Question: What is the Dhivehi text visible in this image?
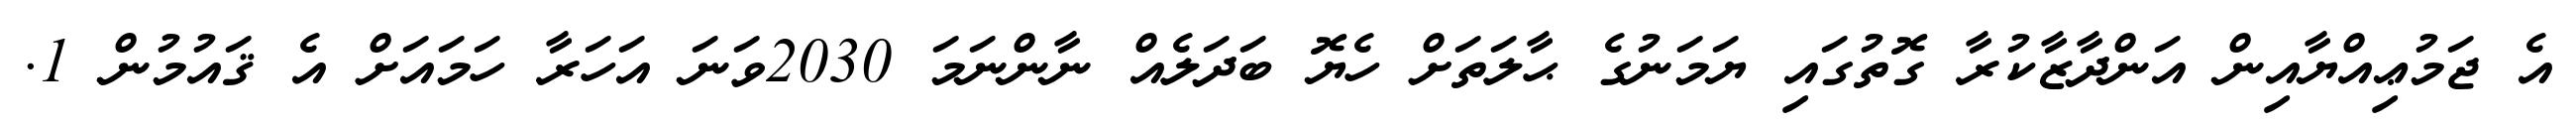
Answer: އެ ޖަމުޢިއްޔާއިން އަންދާޒާކުރާ ގޮތުގައި ޔަމަނުގެ ޙާލަތަށް ހެޔޮ ބަދަލެއް ނާންނަމަ 2030ވަނަ އަހަރާ ހަމައަށް އެ ޤައުމުން 1.